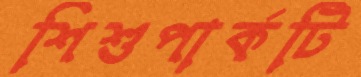
শিশুপার্কটি